Civil Veterinary Dept. North-West Frontier Province 1933-46 - 1933-1946
Year: 1933
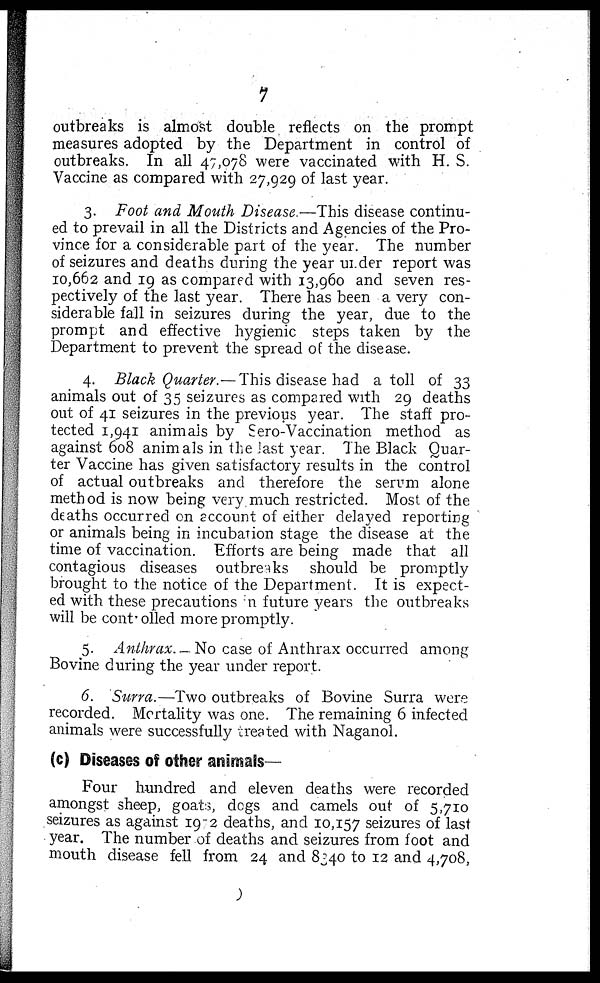
7
outbreaks is almost double reflects on the prompt
measures adopted by the Department in control of
outbreaks. In all 47,078 were vaccinated with H. S.
Vaccine as compared with 27,929 of last year.
3. Foot and Mouth Disease.—This disease continu-
ed to prevail in all the Districts and Agencies of the Pro-
vince for a considerable part of the year. The number
of seizures and deaths during the year under report was
10,662 and 19 as compared with 13,960 and seven res-
pectively of the last year. There has been a very con-
siderable fall in seizures during the year, due to the
prompt and effective hygienic steps taken by the
Department to prevent the spread of the disease.
4. Black Quarter.— This disease had a toll of 33
animals out of 35 seizures as compared with 29 deaths
out of 41 seizures in the previous year. The staff pro-
tected 1,941 animals by Sero-Vaccination method as
against 608 animals in the last year. The Black Quar-
ter Vaccine has given satisfactory results in the control
of actual outbreaks and therefore the serum alone
method is now being very much restricted. Most of the
deaths occurred on account of either delayed reporting
or animals being in incubation stage the disease at the
time of vaccination. Efforts are being made that all
contagious diseases outbreaks should be promptly
brought to the notice of the Department. It is expect-
ed with these precautions n future years the outbreaks
will be controlled more promptly.
5. Anthrax. - No case of Anthrax occurred among
Bovine during the year under report.
6. Surra.—Two outbreaks of Bovine Surra were
recorded. Mortality was one. The remaining 6 infected
animals were successfully treated with Naganol.
(c) Diseases of other animals—
Four hundred and eleven deaths were recorded
amongst sheep, goats, dogs and camels out of 5,710
seizures as against 1972 deaths, and 10,157 seizures of last
year. The number of deaths and seizures from foot and
mouth disease fell from 24 and 8340 to 12 and 4,708,